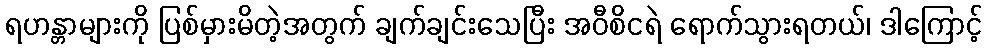
ရဟန္တာများကို ပြစ်မှားမိတဲ့အတွက် ချက်ချင်းသေပြီး အဝီစိငရဲ ရောက်သွားရတယ်၊ ဒါကြောင့်